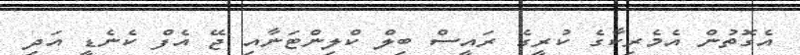
އެގޮތުން އެމެރިކާގެ ކުރީގެ ރައީސް ބިލް ކްލިންޓަނާއި ޖޭ އެފް ކެނެޑީ އަދި